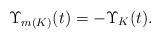
LaTeX: \begin{align*}\Upsilon _{m(K)}(t)=-\Upsilon _K (t).\end{align*}